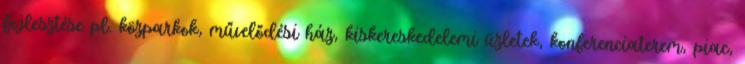
fejlesztése pl. közparkok, művelődési ház, kiskereskedelemi üzletek, konferenciaterem, piac,